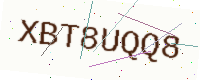
Text: XBT8UQQ8